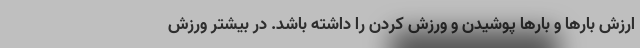
ارزش بارها و بارها پوشیدن و ورزش کردن را داشته باشد. در بیشتر ورزش